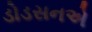
ડોડસનએ